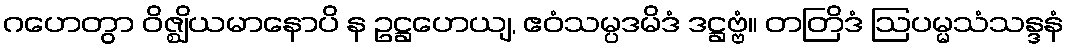
ဂဟေတွာ ဝိဇ္ဈိယမာနောပိ န ဥဋ္ဌဟေယျ, ဧဝံသမ္ပဒမိဒံ ဒဋ္ဌဗ္ဗံ။ တတြိဒံ ဩပမ္မသံသန္ဒနံ